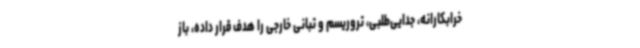
خرابکارانه، جدایی‌طلبی، تروریسم و تبانی خارجی را هدف قرار داده، باز